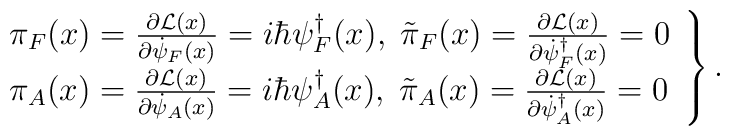
\left.	\begin{array}{l}	\pi_F(x)=\frac{\partial{\cal L}(x)}{\partial \dot{\psi}_F(x)}	=i\hbar \psi_F^\dag(x) ,\;	\tilde{\pi}_F(x)=\frac{\partial{\cal L}(x)}	{\partial \dot{\psi}_F^\dag(x)}=0	\\	\pi_A(x)=\frac{\partial{\cal L}(x)}{\partial \dot{\psi}_A(x)}=	i\hbar \psi_A^\dag(x)  ,\;	\tilde\pi_A(x)=\frac{\partial{\cal L}(x)}	{\partial \dot{\psi}_A^\dag(x)}=0	\end{array} \right\}.